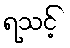
ရသင့်